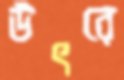
উৎরে